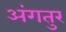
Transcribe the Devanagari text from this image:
अंगतुर